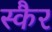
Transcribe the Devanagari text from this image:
स्कैर